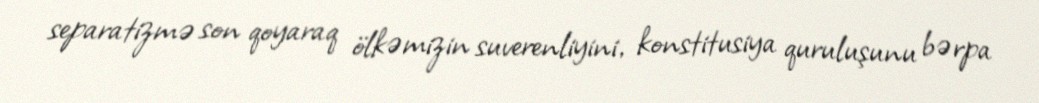
separatizmə son qoyaraq ölkəmizin suverenliyini, konstitusiya quruluşunu bərpa